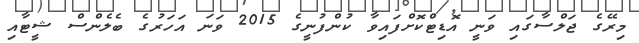
މިރޭގެ ޖަލްސާގައި ވަނީ އޮޑިޓްކޮށްފައިވާ ކުންފުނީގެ 2015 ވަނަ އަހަރުގެ ބެލެންސް ޝީޓާއި